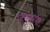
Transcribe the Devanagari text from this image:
फ्युचरमा